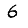
Digit: 6